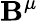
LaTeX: \mathbf{B}^{\mu}